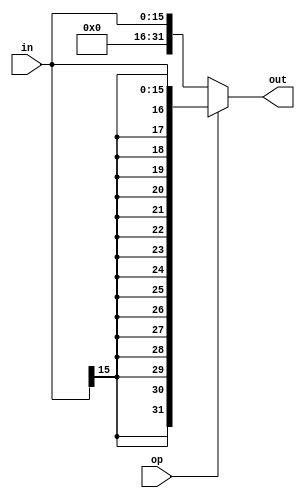
`timescale 1ns / 1ps
module EXT(
    input [15:0] in,
	 input op,
    output [31:0] out
    );
	 assign out = (op == 1)?{{16{in[15]}},in}:{{16{1'b0}},in};


endmodule